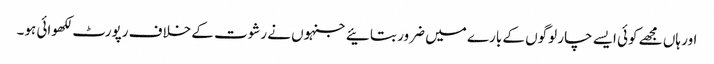
اور ہاں مجھے کوئی ایسے چار لوگوں کے بارے میں ضرور بتائیے جنہوں نے رشوت کے خلاف رپورٹ لکھوائی ہو۔